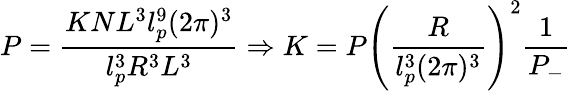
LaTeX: P=\frac{KNL^{3}l_{p}^{9}(2\pi)^{3}}{l_{p}^{3}R^{3}L^{3}}\Rightarrow K=P\left(\frac{R}{l_{p}^{3}(2\pi)^{3}}\right)^{2}\frac{1}{P_{-}}